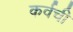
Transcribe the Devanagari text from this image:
कर्वची